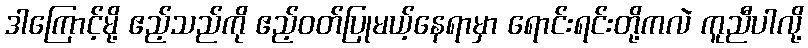
ဒါကြောင့်မို့ ဧည့်သည်ကို ဧည့်ဝတ်ပြုမယ့်နေရာမှာ ရောင်းရင်းတို့ကလဲ ကူညီပါလို့